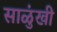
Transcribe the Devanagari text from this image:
साळुंखी